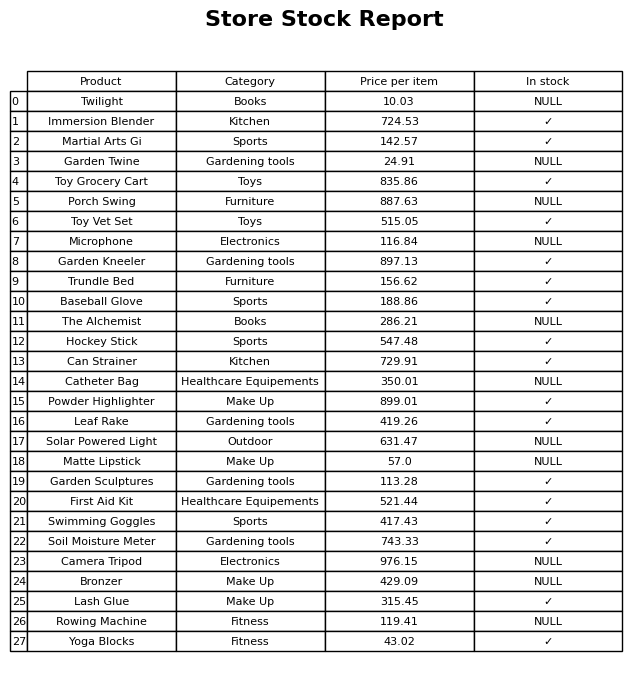
question: What is the price for Immersion Blender?
answer: The price of Immersion Blender is 724.53.